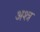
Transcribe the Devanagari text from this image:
अश्त्र